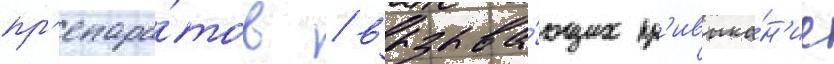
пр'епара́тов / вызыва́ющих пр'ивыка́н'ие